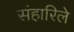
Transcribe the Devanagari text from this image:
संहारिले